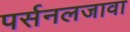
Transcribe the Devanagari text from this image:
पर्सनलजावा